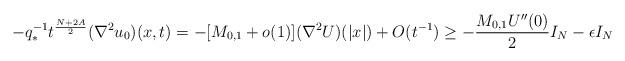
LaTeX: \begin{align*}-q_*^{-1}t^{\frac{N+2A}{2}}(\nabla^2u_0)(x,t)=-[M_{0,1}+o(1)](\nabla^2 U)(|x|)+O(t^{-1})\ge -\frac{M_{0,1}U''(0)}{2}I_N-\epsilon I_N\end{align*}